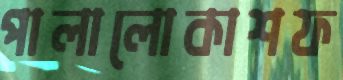
পালালোকাশফ